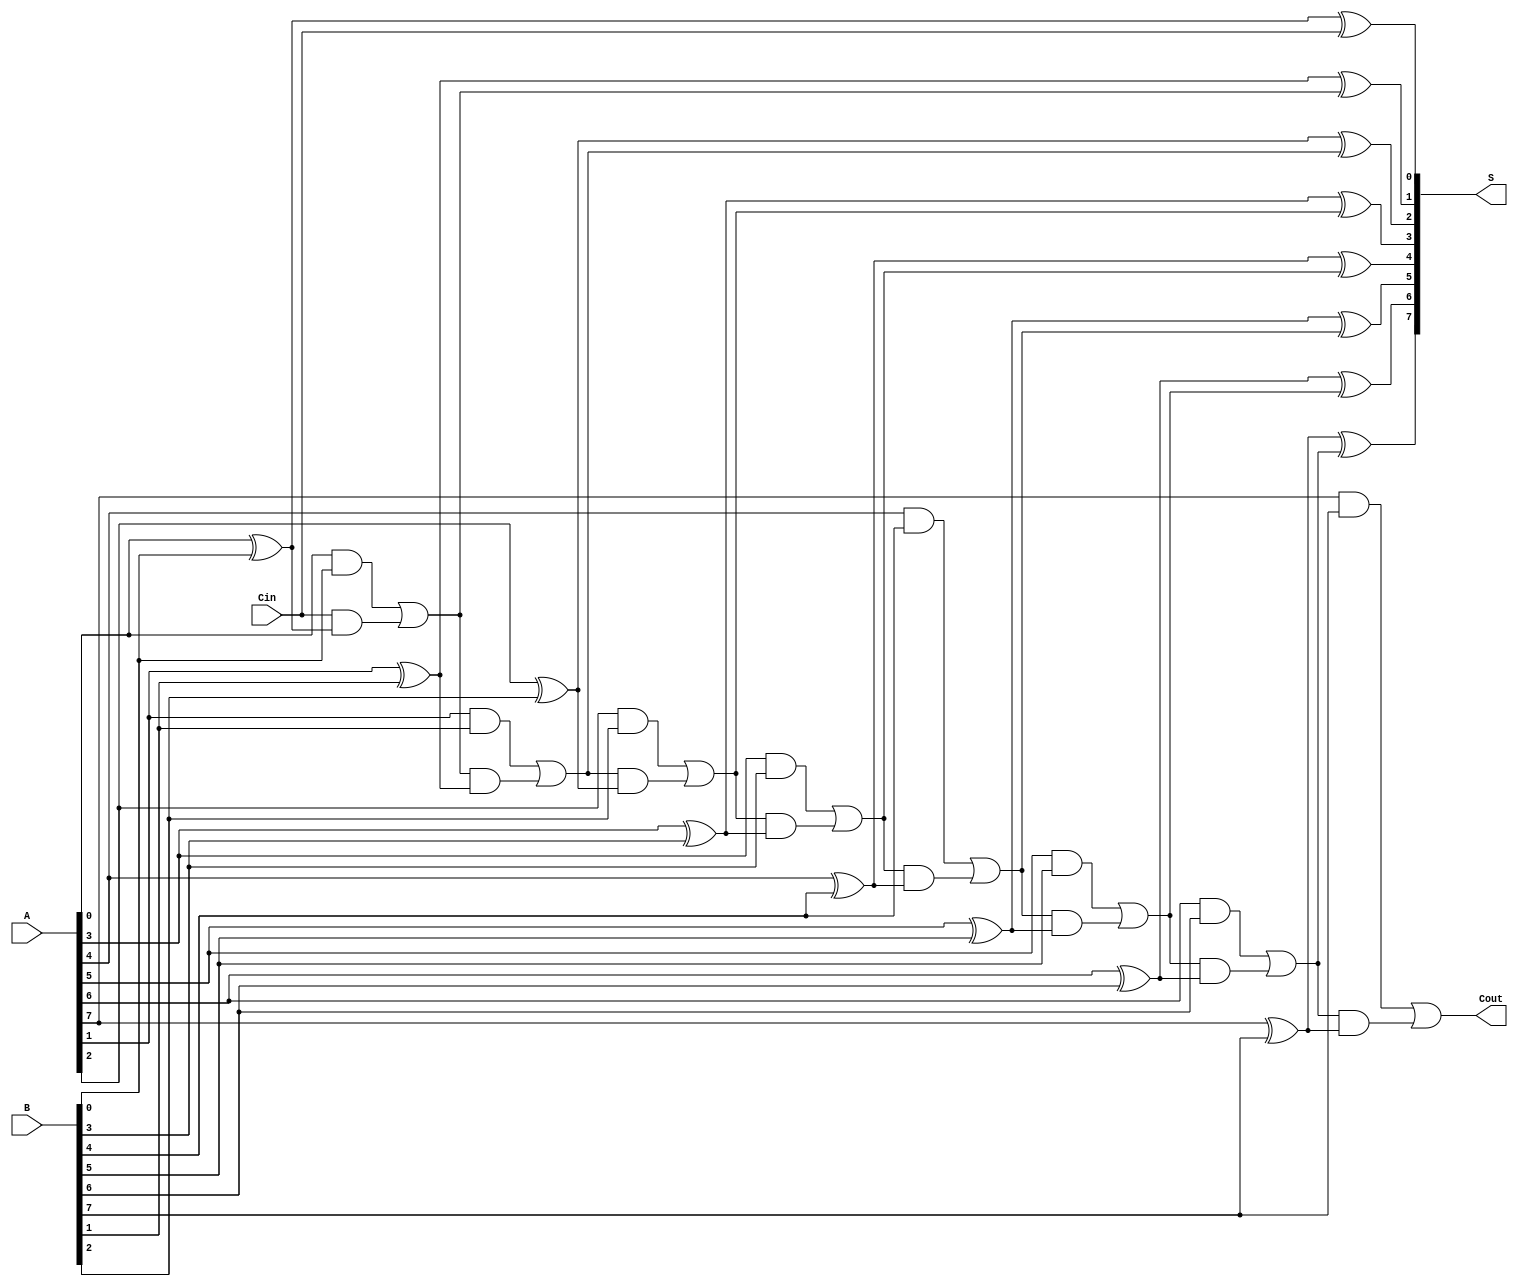
module PrecomputationCarryAdder #(parameter N = 8) (
    input  wire [N-1:0] A,      // First n-bit input
    input  wire [N-1:0] B,      // Second n-bit input
    input  wire Cin,             // Carry-in
    output wire [N-1:0] S,       // n-bit sum output
    output wire Cout             // Carry-out
);

    wire [N:0] C; // Carry signals, C[0] is the carry-in, C[N] is the carry-out

    // Generate carry signals
    genvar i;
    generate
        for (i = 0; i < N; i = i + 1) begin : carry_generation
            if (i == 0) begin
                assign C[i] = (A[i] & B[i]) | (Cin & (A[i] ^ B[i]));
            end else begin
                assign C[i] = (A[i] & B[i]) | (C[i-1] & (A[i] ^ B[i]));
            end
        end
    endgenerate

    // Sum calculation
    generate
        for (i = 0; i < N; i = i + 1) begin : sum_calculation
            if (i == 0) begin
                assign S[i] = A[i] ^ B[i] ^ Cin; // First bit uses Cin directly
            end else begin
                assign S[i] = A[i] ^ B[i] ^ C[i-1]; // Subsequent bits use previous carry
            end
        end
    endgenerate

    // Carry-out
    assign Cout = C[N-1];

endmodule